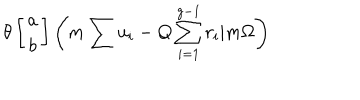
\theta \left[ \begin{array} { c } { { a } } \\ { { b } } \\ \end{array} \right] \left( m \sum u _ { i } - Q \sum _ { i = 1 } ^ { g - 1 } r _ { i } | m \Omega \right)